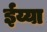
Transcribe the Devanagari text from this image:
ईय्या